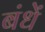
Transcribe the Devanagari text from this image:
बंधें